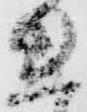
れ